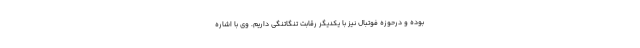
بوده و درحوزه فوتبال نیز با یکدیگر رقابت تنگاتنگی داریم. وی با اشاره